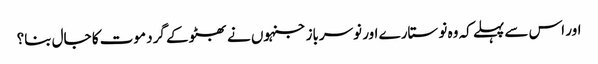
اور اس سے پہلے کہ وہ نو ستارے اور نوسرباز جنہوں نے بھٹو کے گرد موت کا جال بنا؟